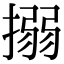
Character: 搦